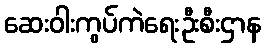
ဆေးဝါးကွပ်ကဲရေးဦးစီးဌာန